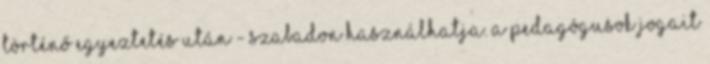
történő egyeztetés után - szabadon használhatja. A pedagógusok jogait